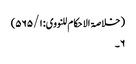
( خلاصۃ الا حکام للنووی: ۵۶۵/۱)
۶۔